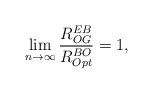
\begin{align*} \lim_{n\rightarrow\infty}\frac{R^{EB}_{OG}}{R_{Opt}^{BO}}=1, \end{align*}